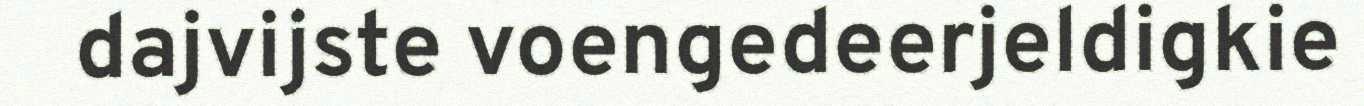
dajvijste voengedeerjeldigkie